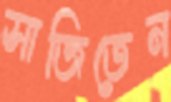
সাজিতেন